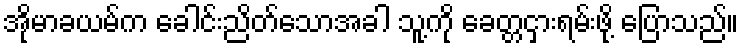
အိုမာခယမ်က ခေါင်းညိတ်သောအခါ သူ့ကို ခေတ္တငှားရမ်းဖို့ ပြောသည်။